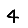
Digit: 4